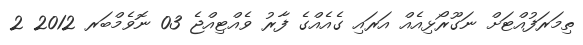
ތިމަރަފުއްޓަށް ނަގޫރޯޅިއެއް އަރައި ގެއެއްގެ ފާރު ވެއްޓިއްޖެ 03 ނޮވެމްބަރ 2012 2